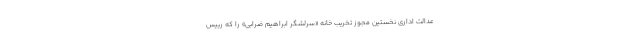
عدالت اداری نخستین مجوز تخریب خانه «سرلشگر ابراهیم ضرابی» را که رییس